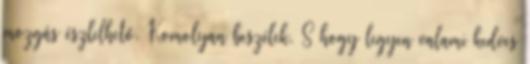
mozgás észlelhető. Komolyan beszélek. S hogy legyen valami kedves